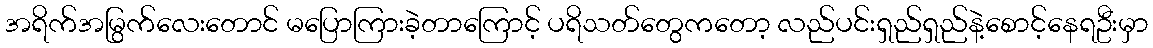
အရိက်အမြွက်လေးတောင် မပြောကြားခဲ့တာကြောင့် ပရိသတ်တွေကတော့ လည်ပင်းရှည်ရှည်နဲ့စောင့်နေရဦးမှာ